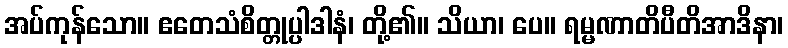
အပ်ကုန်သော။ ဧတေသံစိတ္တုပ္ပါဒါနံ၊ တို့၏။ သိယာ၊ ပေ။ ရမ္မဏာတိပီတိအာဒိနာ၊